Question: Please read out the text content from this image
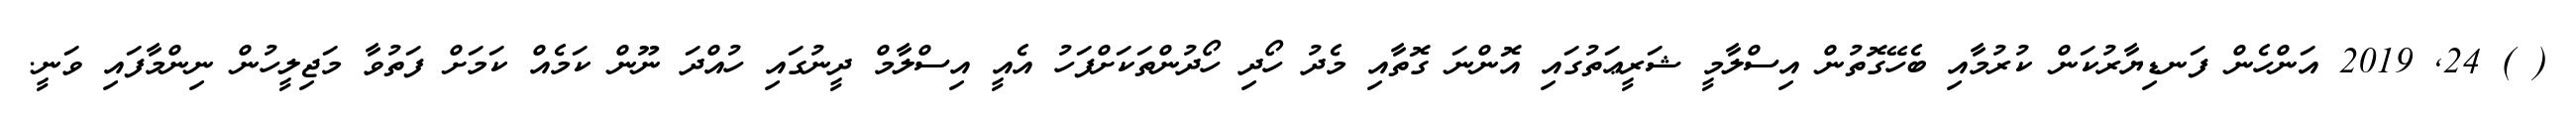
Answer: ( ) 24, 2019 އަންހެން ފަނޑިޔާރުކަން ކުރުމާއި ބެހޭގޮތުން އިސްލާމީ ޝަރީޢަތުގައި އޮންނަ ގޮތާއި މެދު ހޯދި ހޯދުންތަކަށްފަހު އެއީ އިސްލާމް ދީނުގައި ހުއްދަ ނޫން ކަމެއް ކަމަށް ފަތުވާ މަޖިލީހުން ނިންމާފައި ވަނީ.